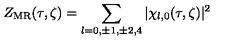
Z _ { \mathrm { M R } } ( \tau , \zeta ) = \sum _ { l = 0 , \pm 1 , \pm 2 , 4 } \vert \chi _ { l , 0 } ( \tau , \zeta ) \vert ^ { 2 }